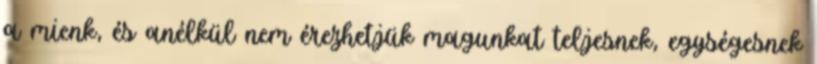
a mienk, és anélkül nem érezhetjük magunkat teljesnek, egységesnek